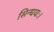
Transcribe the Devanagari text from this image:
सिन्धवः।